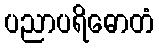
ပညာပရိဓောတံ